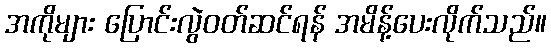
အကိုများ ပြောင်းလွဲဝတ်ဆင်ရန် အမိန့်ပေးလိုက်သည်။